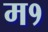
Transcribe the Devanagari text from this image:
म१